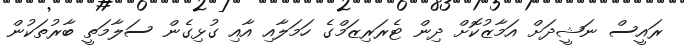
ރައީސް ނަޝީދަށް އަމާޒުކޮށް ދިން ޓެރަރިޒަމްގެ ހަމަލާއި އާއި ގުޅިގެން ސަލާމަތީ ބާރުތަކުން